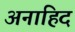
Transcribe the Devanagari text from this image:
अनाहिद